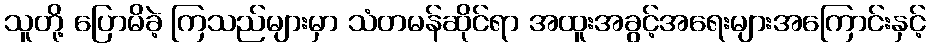
သူတို့ ပြောမိခဲ့ ကြသည်များမှာ သံတမန်ဆိုင်ရာ အထူးအခွင့်အရေးများအကြောင်းနှင့်